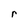
Character: r